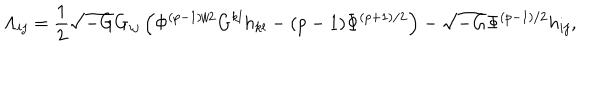
{ \Lambda } _ { i j } = \frac { 1 } { 2 } \sqrt { - G } G _ { i j } \left( { \Phi } ^ { ( p - 1 ) / 2 } G ^ { k l } h _ { k l } - ( p - 1 ) { \Phi } ^ { ( p + 1 ) / 2 } \right) - \sqrt { - G } { \Phi } ^ { ( p - 1 ) / 2 } h _ { i j } ,